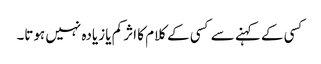
کسی کے کہنے سے کسی کے کلام کا اثر کم یا زیادہ نہیں ہوتا۔